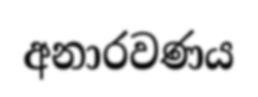
අනාරවණය